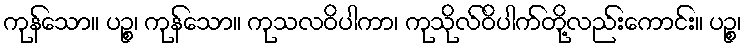
ကုန်သော။ ပဉ္စ၊ ကုန်သော။ ကုသလဝိပါကာ၊ ကုသိုလ်ဝိပါက်တို့လည်းကောင်း။ ပဉ္စ၊